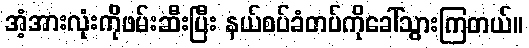
အံ့အားလုံးကိုဖမ်းဆီးပြီး နယ်စပ်ခံတပ်ကိုခေါ်သွားကြတယ်။